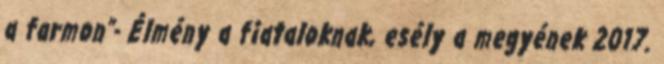
a farmon”- Élmény a fiataloknak, esély a megyének 2017.